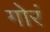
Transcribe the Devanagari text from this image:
गोरं